Annual administration report of the Civil Veterinary Department of India - 1895-1896
Year: 1895
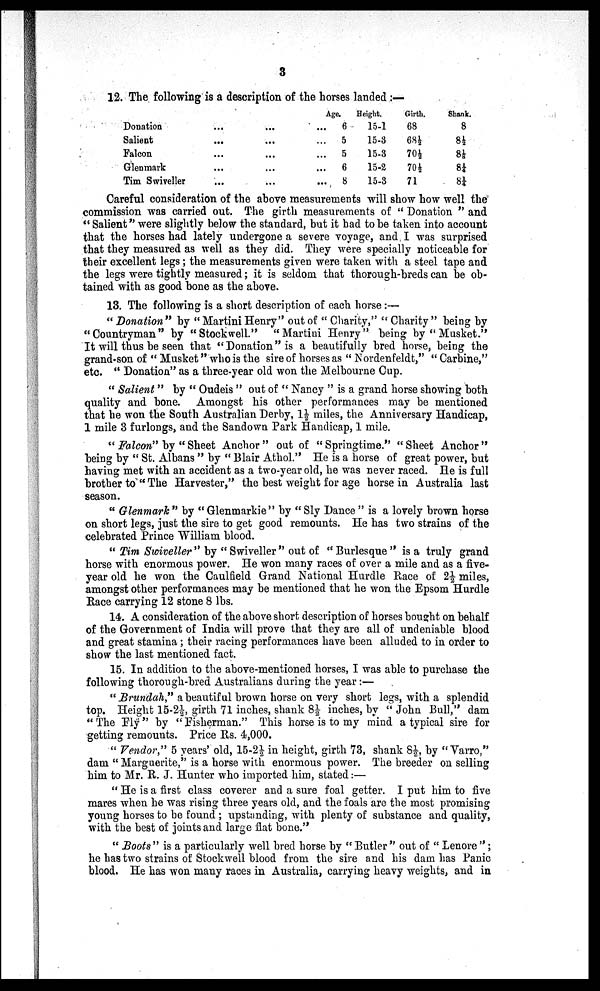
3
12. The following is a description of the horses landed:—
Donation ... ... ...
Salient ... ... ...
Falcon ... ... ...
Glenmark ... ... ...
Tim Swiveller ... ... ...
Age.
6
5
5
6
8
Height.
15-1
15-3
15-3
15-2
15-3
Girth.
68
68½
70½
70½
71
Shank.
8
8½
8 1/8
8¼
8¼
Careful consideration of the above measurements will show how well the
commission was carried out. The girth measurements of "Donation" and
"Salient" were slightly below the standard, but it had to be taken into account
that the horses had lately undergone a severe voyage, and I was surprised
that they measured as well as they did. They were specially noticeable for
their excellent legs; the measurements given were taken with a steel tape and
the legs were tightly measured; it is seldom that thorough-breds can be ob-
tained with as good bone as the above.
13. The following is a short description of each horse:—
"Donation" by "Martini Henry" out of "Charity," "Charity" being by
"Countryman" by "Stockwell." "Martini Henry" being by "Musket."
It will thus be seen that "Donation" is a beautifully bred horse, being the
grand-son of "Musket" who is the sire of horses as "Nordenfeldt," "Carbine,"
etc. "Donation" as a three-year old won the Melbourne Cup.
"Salient" by "Oudeis" out of "Nancy" is a grand horse showing both
quality and bone. Amongst his other performances may be mentioned
that he won the South Australian Derby, 1½ miles, the Anniversary Handicap,
1 mile 3 furlongs, and the Sandown Park Handicap, 1 mile.
"Falcon" by "Sheet Anchor" out of "Springtime." "Sheet Anchor"
being by "St. Albans" by "Blair Athol." He is a horse of great power, but
having met with an accident as a two-year old, he was never raced. He is full
brother to "The Harvester," the best weight for age horse in Australia last
season.
"Glenmark" by "Glenmarkie" by "Sly Dance" is a lovely brown horse
on short legs, just the sire to get good remounts. He has two strains of the
celebrated Prince William blood.
"Tim Swiveller" by "Swiveller" out of "Burlesque" is a truly grand
horse with enormous power. He won many races of over a mile and as a five-
year old he won the Caulfield Grand National Hurdle Race of 2½ miles,
amongst other performances may be mentioned that he won the Epsom Hurdle
Race carrying 12 stone 8 lbs.
14. A consideration of the above short description of horses bought on behalf
of the Government of India will prove that they are all of undeniable blood
and great stamina; their racing performances have been alluded to in order to
show the last mentioned fact.
15. In addition to the above-mentioned horses, I was able to purchase the
following thorough-bred Australians during the year:—
"Brundah," a beautiful brown horse on very short legs, with a splendid
top. Height 15-2½, girth 71 inches, shank 8½ inches, by "John Bull," dam
"The Flÿ" by "Fisherman." This horse is to my mind a typical sire for
getting remounts. Price Rs. 4,000.
"Vendor," 5 years' old, 15-2½ in height, girth 73, shank 8½, by "Varro,"
dam "Marguerite," is a horse with enormous power. The breeder on selling
him to Mr. R. J. Hunter who imported him, stated:—
"He is a first class coverer and a sure foal getter. I put him to five
mares when he was rising three years old, and the foals are the most promising
young horses to be found; upstanding, with plenty of substance and quality,
with the best of joints and large flat bone."
"Boots" is a particularly well bred horse by "Butler" out of "Lenore";
he has two strains of Stockwell blood from the sire and his dam has Panic
blood. He has won many races in Australia, carrying heavy weights, and in